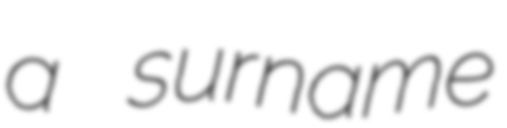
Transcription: a surname